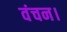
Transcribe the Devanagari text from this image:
वंचन।